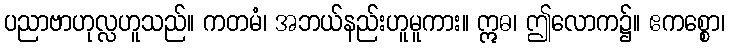
ပညာဗာဟုလ္လဟူသည်။ ကတမံ၊ အဘယ်နည်းဟူမူကား။ ဣဓ၊ ဤလောက၌။ ဧကစ္စော၊